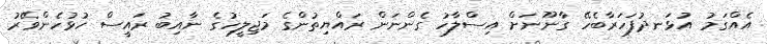
އެއްގަމު އުޅަނދުފަހަރާބެހޭ ގާނޫނަށް އިސްލާހު ގެންނަން ރައްޔިތުންގެ މަޖިލީހުގެ ނާއިބު ރައީސް ހުޅުހެންވޭރު